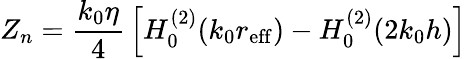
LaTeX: Z_{n}={\frac{k_{0}\eta}{4}}\left[H_{0}^{(2)}(k_{0}r_{\mathrm{eff}})-H_{0}^{(2)}(2k_{0}h)\right]